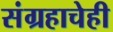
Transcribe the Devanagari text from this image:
संग्रहाचेही